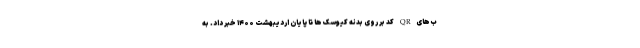
ب‌هایQR کد بر روی بدنه کیوسک ها تا پایان اردیبهشت ۱۴۰۰ خبر داد. به